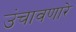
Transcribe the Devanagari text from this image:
उंचावणारे